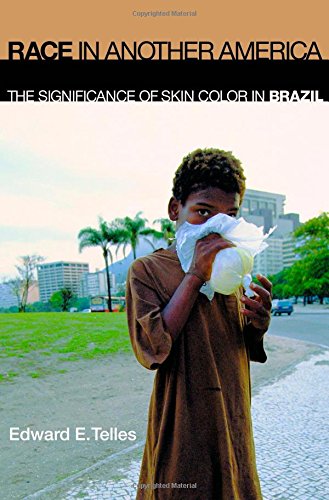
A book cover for Race in Another America: The Significance of Skin Color in Brazil; Edward E. Telles; History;